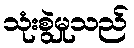
သုံးစွဲမှုသည်